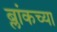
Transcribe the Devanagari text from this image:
ब्लांकच्या